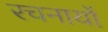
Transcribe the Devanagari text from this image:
रचनायों